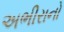
અભીરાનો